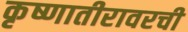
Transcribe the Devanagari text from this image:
कृष्णातीरावरची